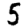
Digit: 5